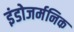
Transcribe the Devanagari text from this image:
इंडोजर्मनिक